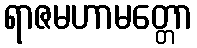
ရာဇမဟာမတ္တော